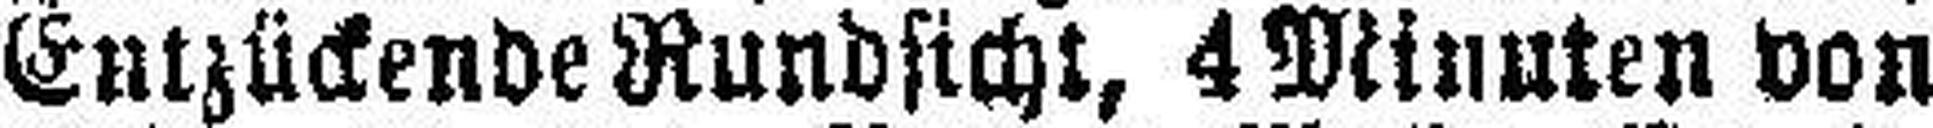
Entzückende Rundsicht, 4 Minuten von